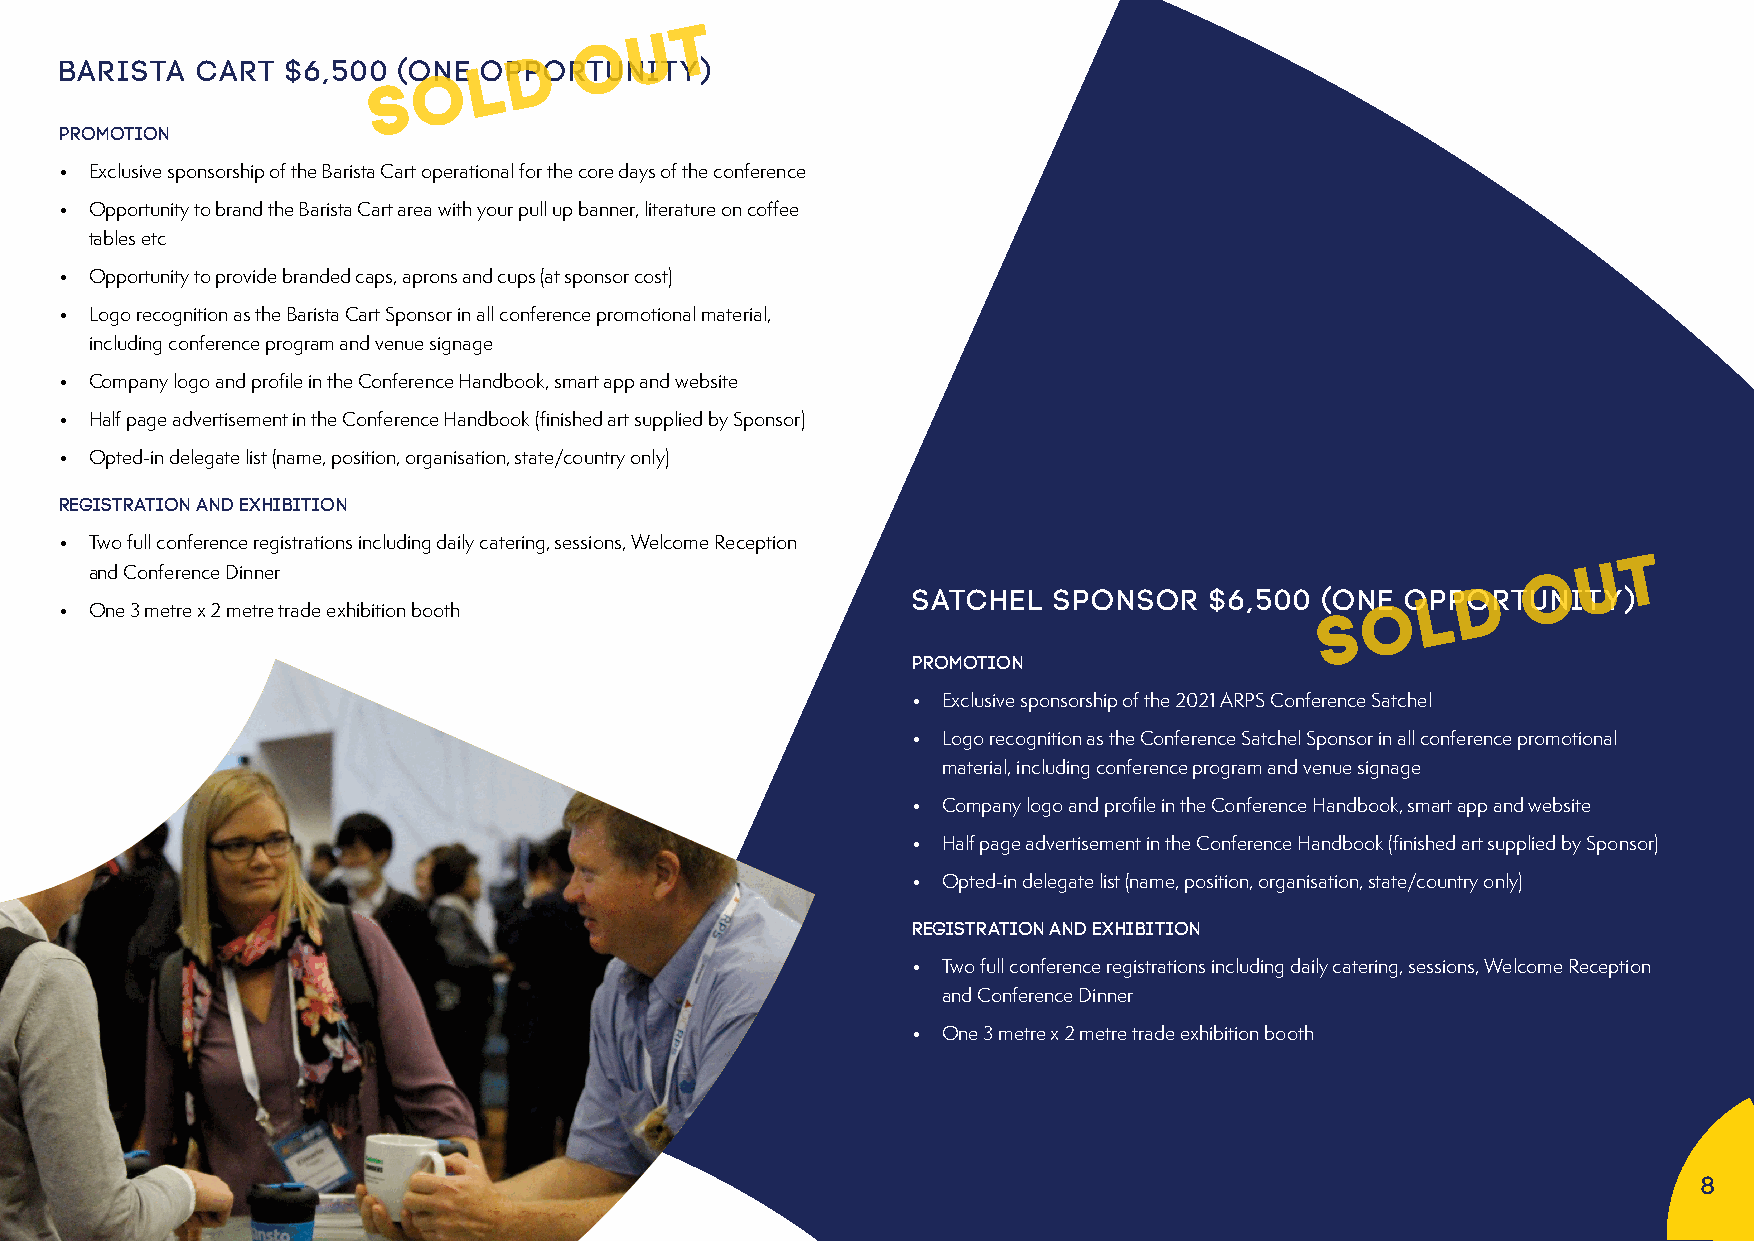
T
 U
 O
 D
 BARISTA  CART  $6,500 (ONE LOPPORTUNITY)
 O
 S
 Promotion
 • Exclusive sponsorship of the Barista Cart operational for the core days of the conference
 • Opportunity to brand the Barista Cart area with your pull up banner, literature on coffee
 tables etc
 • Opportunity to provide branded caps, aprons and cups (at sponsor cost)
 • Logo recognition as the Barista Cart Sponsor in all conference promotional material,
 including conference program and venue signage
 • Company logo and profile in the Conference Handbook, smart app and website
 • Half page advertisement in the Conference Handbook (finished art supplied by Sponsor)
 • Opted-in delegate list (name, position, organisation, state/country only)
 Registration and Exhibition
 • Two full conference registrations including daily catering, sessions, Welcome Reception
 T
 U
 and Conference Dinner                                                                          O
 D
 SATCHEL   SPONSOR   $6,500  (ONE OLPPORTUNITY)
 • One 3 metre x 2 metre trade exhibition booth                                      S O
 Promotion
 • Exclusive sponsorship of the 2021 ARPS Conference Satchel
 • Logo recognition as the Conference Satchel Sponsor in all conference promotional
 material, including conference program and venue signage
 • Company logo and profile in the Conference Handbook, smart app and website
 • Half page advertisement in the Conference Handbook (finished art supplied by Sponsor)
 • Opted-in delegate list (name, position, organisation, state/country only)
 Registration and Exhibition
 • Two full conference registrations including daily catering, sessions, Welcome Reception
 and Conference Dinner
 • One 3 metre x 2 metre trade exhibition booth
 8